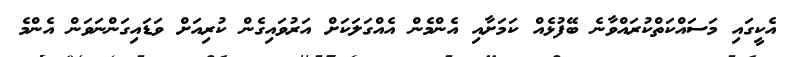
އެކީގައި މަސައްކަތްކުރައްވާނެ ބޭފުޅެއް ކަމަށާއި އެންމެން އެއްގަލަކަށް އަރުވައިގެން ކުރިއަށް ވަޑައިގަންނަވަން އެންމެ